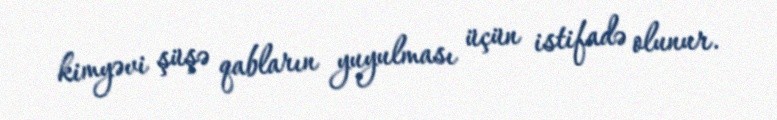
kimyəvi şüşə qabların yuyulması üçün istifadə olunur.